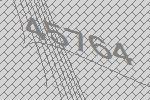
45764